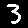
Digit: 3